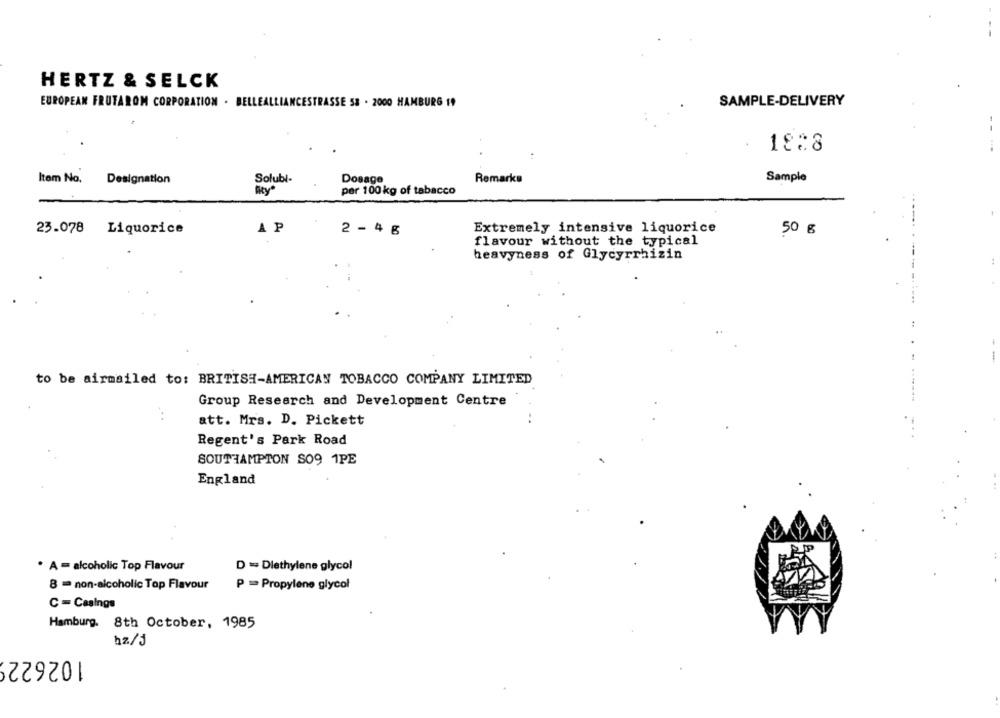
HERTZ & SELCK
EUROPEAN FRUTAROM CORPORATION . BELLEALLIANCESTRASSE 58 . 2000 HAMBURG 19
SAMPLE-DELIVERY
.
18:8
Item No.
Designation
Solubl-
Dosage
Remarks
Sample
per 100 kg of tabacco
AP
Extremely intensive liquorice
23.078 Liquorice
2 - 4 6
50 g
flavour without the typical
heavyness of Glycyrrhizin
to be airmailed to: BRITISH-AMERICAN TOBACCO COMPANY LIMITED
Group Research and Development Centre
att. Mrs. D. Pickett
Regent's Park Road
SOUTHAMPTON SO9 1PE
England
. A = alcoholic Top Flavour
D = Dlethylene glycol
8 = non-alcoholic Top Flavour
P = Propylene glycol
C = Casings
Hamburg. 8th October, 1985
hz/j
1026229